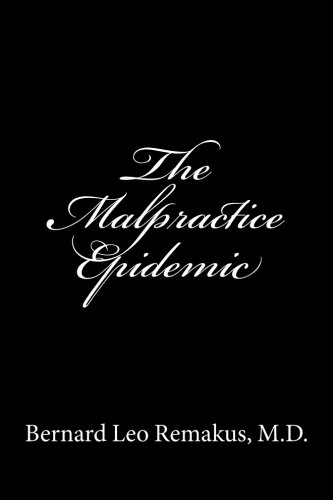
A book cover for The Malpractice Epidemic: A Layman's Guide To Medical Malpractice; Bernard Leo Remakus; Law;